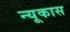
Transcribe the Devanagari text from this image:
न्यूकास